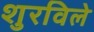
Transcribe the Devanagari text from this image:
शुरविले